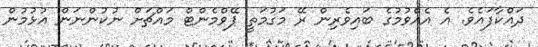
ދައްކާފައެވެ. އެ އެއްވުމުގެ ބައިވެރިން ރޭ މަގުމަތީ ޕޭވްމެންޓް މައްޗަށް ނުކުންނަން އުޅުމުން